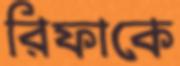
রিফাকে